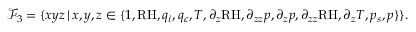
\mathcal { F } _ { 3 } = \{ x y z \, \vert \, x , y , z \in \{ 1 , \mathrm { R H } , q _ { i } , q _ { c } , T , \partial _ { z } \mathrm { R H } , \partial _ { z z } p , \partial _ { z } p , \partial _ { z z } \mathrm { R H } , \partial _ { z } T , p _ { s } , p \} \} .